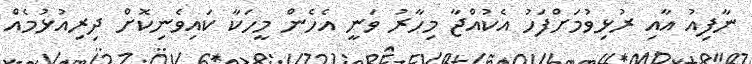
ނާފިއު އާއި ރުޅިވުމަށްފަހު އެކުއްޖާ މިހާރު ވަނީ އެހެން މީހަކާ ކައިވެނިކޮށް ދިރިއުޅުމެއް